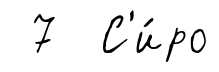
7 С'и́ро